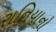
રાનિયાનો